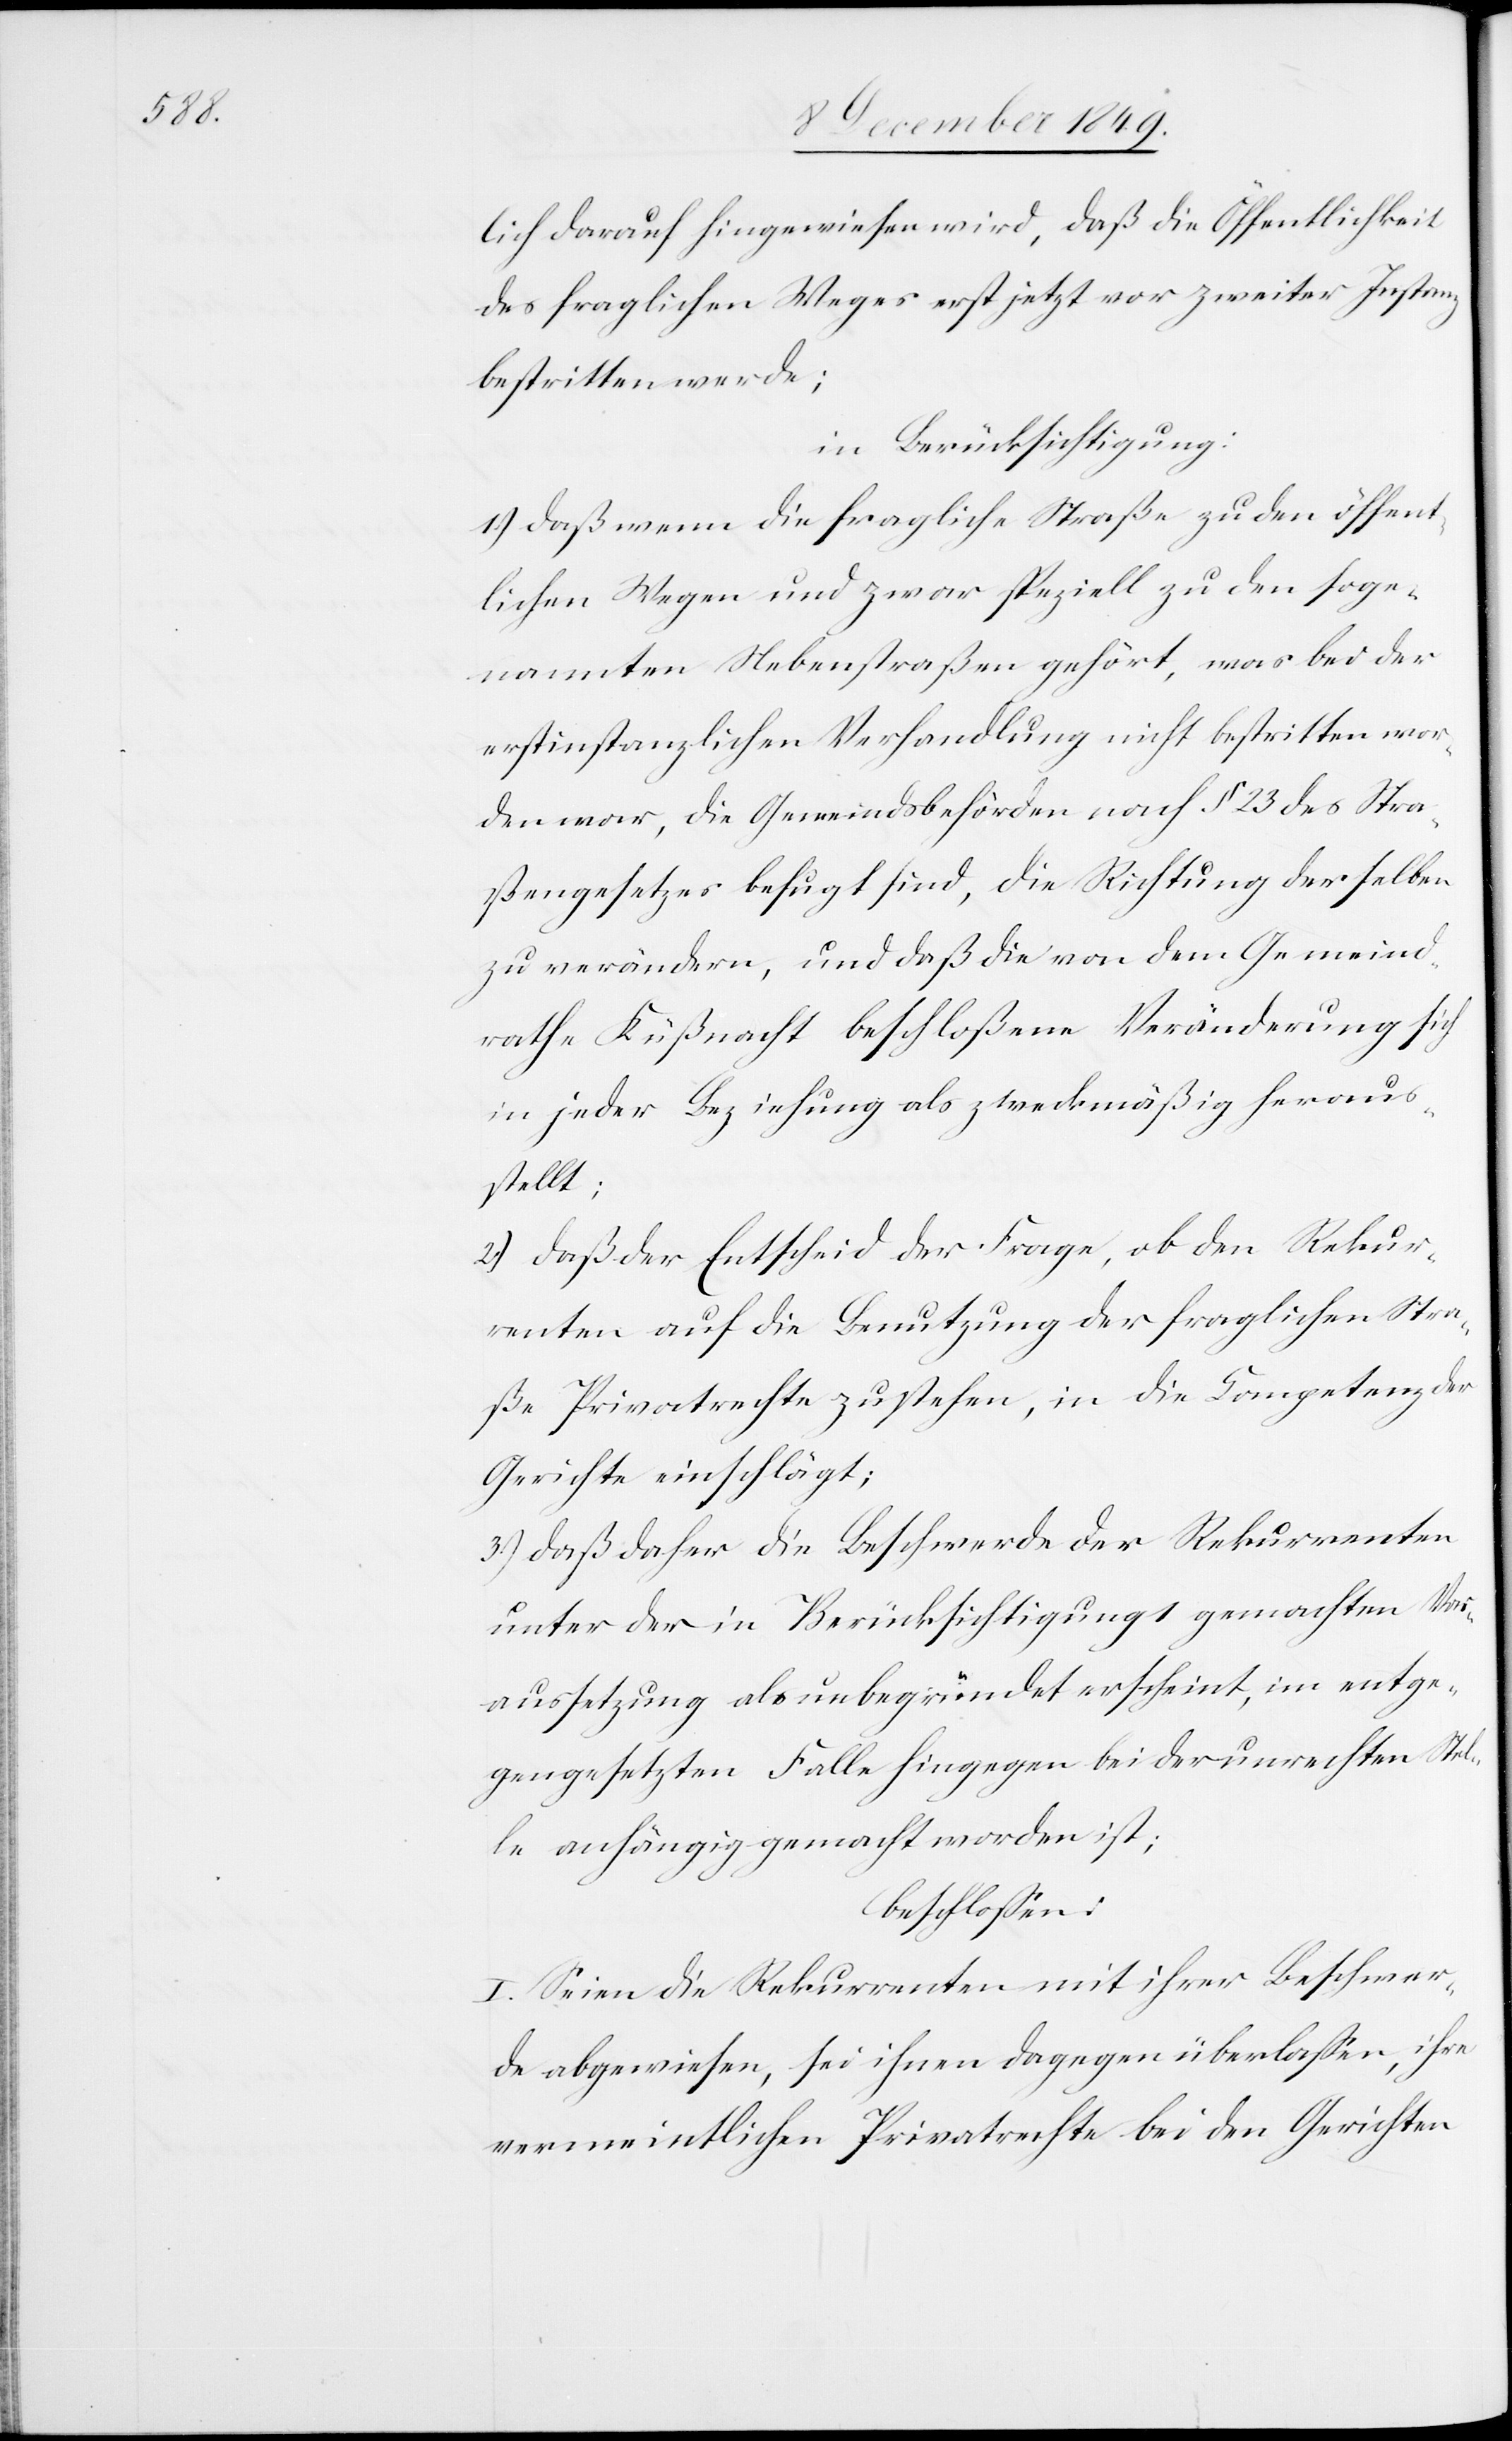
lich darauf hingewiesen wird, daß die Öffentlichkeit
des fraglichen Weges erst jetzt vor zweiter Instanz
bestritten werde;
in Berücksichtigung:
1.) daß wenn die fragliche Straße zu den öffent¬
lichen Wegen und zwar speziell zu den soge¬
nannten Nebenstraßen gehört, was bei der
erstinstanzlichen Verhandlung nicht bestritten wor¬
den war, die Gemeindsbehörden nach § 23 des Stra¬
ßengesetzes befugt sind, die Richtung derselben
zu verändern, und daß die von dem Gemeind¬
rathe Küßnacht beschloßene Veränderung sich
in jeder Beziehung als zweckmäßig heraus¬
stellt;
2.) daß der Entscheid der Frage, ob den Rekur¬
renten auf die Benutzung der fraglichen Stra¬
ße Privatrechte zustehen, in die Competenz der
Gerichte einschlägt;
3.) daß daher die Beschwerde der Rekurrenten
unter der in Berücksichtigung 1 gemachten Vor¬
aussetzung als unbegründet erscheint, im entge¬
gengesetzten Falle hingegen bei der unrechten Stel¬
le anhängig gemacht worden ist;
beschloßen:
I. Seien die Rekurrenten mit ihrer Beschwer¬
de abgewiesen, sei ihnen dagegen überlaßen, ihre
vermeintlichen Privatrechte bei den Gerichten